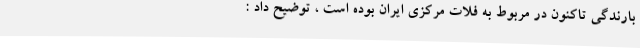
بارندگی تاکنون در مربوط به فلات مرکزی ایران بوده است ، توضیح داد :